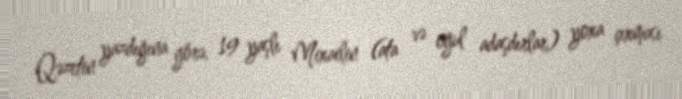
Qəzetin yazdığına görə, 19 yaşlı Mixailin (ata və oğul adaşdırlar) yoxa çıxması